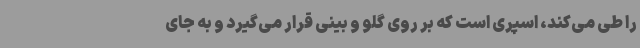
را طی می‌کند، اسپری است که بر روی گلو و بینی قرار می‌گیرد و به جای